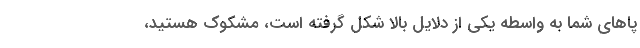
پاهای شما به واسطه یکی از دلایل بالا شکل گرفته است، مشکوک هستید،